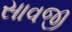
સાવજી